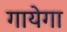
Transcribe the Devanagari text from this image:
गायेगा